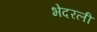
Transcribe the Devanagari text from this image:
भेदरली